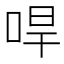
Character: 哻